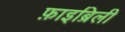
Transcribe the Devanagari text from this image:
फ़ाइब्रिली